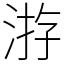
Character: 㳺